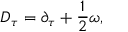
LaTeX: D _ { \tau } = \partial _ { \tau } + { \frac { 1 } { 2 } } \omega ,